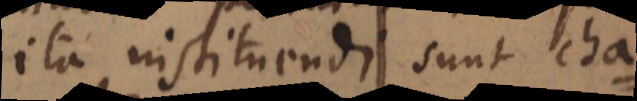
ita instituendi sunt cha